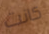
كانت